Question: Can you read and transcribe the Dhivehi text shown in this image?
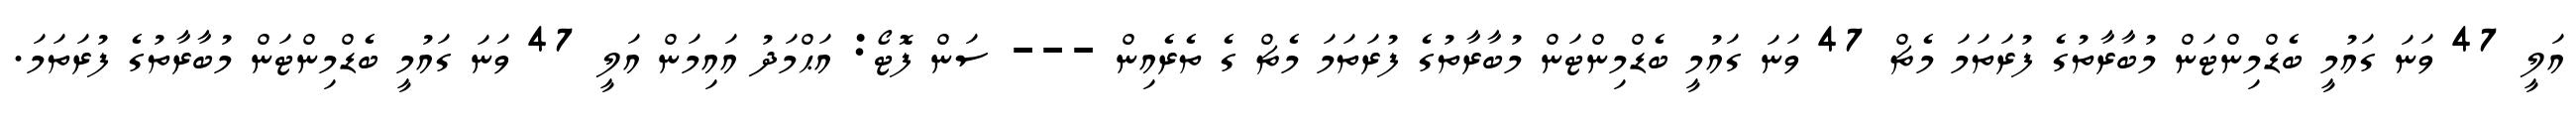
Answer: އަލީ 47 ވަނަ ގައުމީ ބެޑްމިންޓަން މުބާރާތުގެ ފުރަތަމަ މެޗް 47 ވަނަ ގައުމީ ބެޑްމިންޓަން މުބާރާތުގެ ފުރަތަމަ މެޗް ގެ ތެރެއިން --- ސަން ފޮޓޯ: އަޙްމަދު އައިމަން އަލީ 47 ވަނަ ގައުމީ ބެޑްމިންޓަން މުބާރާތުގެ ފުރަތަމަ.